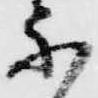
不